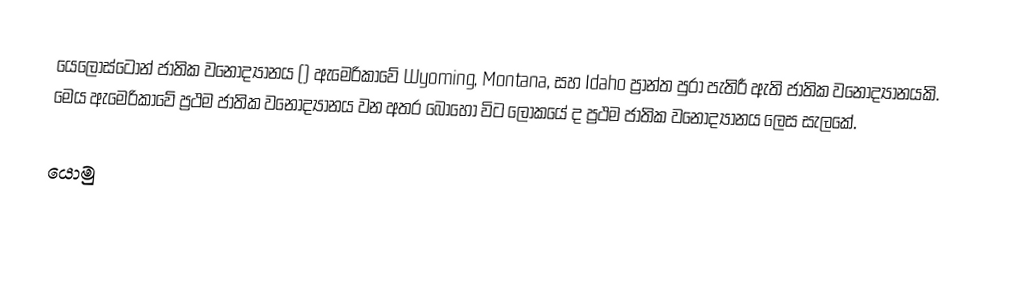
යෙලෝස්ටෝන් ජාතික වනෝද්‍යානය () ඇමෙරිකාවේ Wyoming, Montana, සහ Idaho ප්‍රාන්ත පුරා පැතිරී ඇති  ජාතික වනෝද්‍යානයකි. මෙය ඇමෙරිකාවේ ප්‍රථම ජාතික වනෝද්‍යානය වන අතර බොහෝ විට ලෝකයේ ද ප්‍රථම ජාතික වනෝද්‍යානය ලෙස සැලකේ.

යොමු